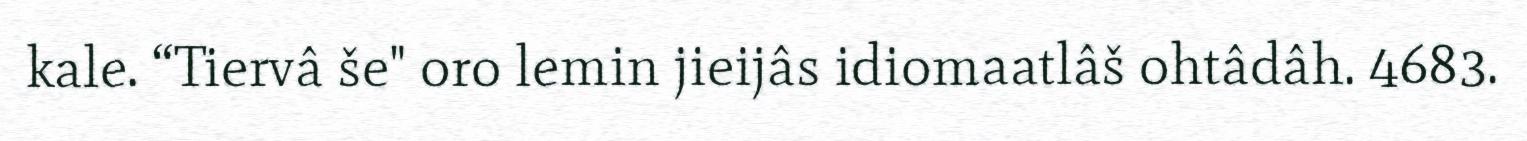
kale. “Tiervâ še" oro lemin jieijâs idiomaatlâš ohtâdâh. 4683.